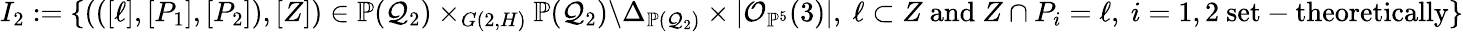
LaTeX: I_{2}:=\{ (([\ell],[P_{1}],[P_{2}]),[Z])\in\mathbb P(\mathcal Q_{2})\times_{G(2,H)}\mathbb P(\mathcal Q_{2})\backslash\Delta_{\mathbb P(\mathcal Q_{2})}\times|\mathcal O_{\mathbb P^{5}}(3)|,\ \ell\subset Z\ \mathrm{and}\ Z\cap P_{i}=\ell,\ i=1,2\ \mathrm{set-theoretically}\}